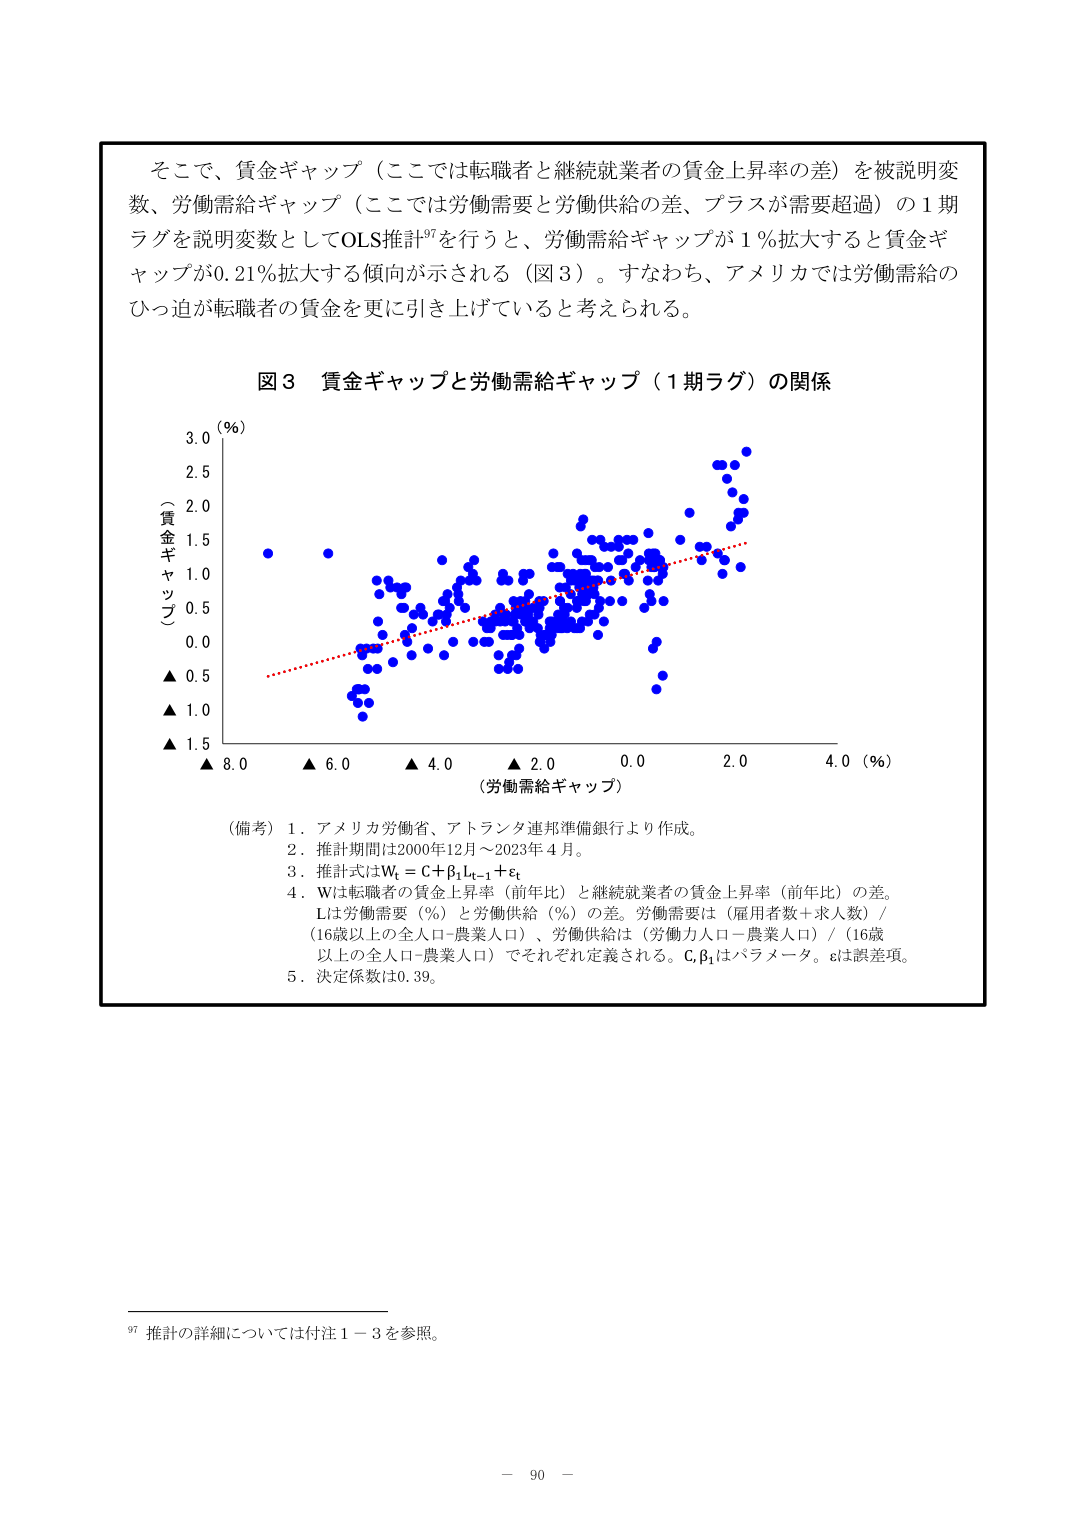
そこで、賃金ギャップ（ここでは転職者と継続就業者の賃金上昇率の差）を被説明変数、労働需給ギャップ（ここでは労働需要と労働供給の差、プラスが需要超過）の１期ラグを説明変数としてOLS推計⁹⁷を行うと、労働需給ギャップが１％拡大すると賃金ギャップが0.21％拡大する傾向が示される（図３）。すなわち、アメリカでは労働需給のひっ迫が転職者の賃金を更に引き上げていると考えられる。

図３ 賃金ギャップと労働需給ギャップ（１期ラグ）の関係

（％）
3.0
2.5
2.0
1.5
1.0
0.5
0.0
（賃金ギャップ）
▲ 0.5
▲ 1.0
▲ 1.5
▲ 8.0 ▲ 6.0 ▲ 4.0 ▲ 2.0 0.0 2.0 4.0 （％）
（労働需給ギャップ）

（備考）１．アメリカ労働省、アトランタ連邦準備銀行より作成。
２．推計期間は2000年12月～2023年４月。
３．推計式はWₜ＝C＋β₁Lₜ₋₁＋εₜ
４．Wは転職者の賃金上昇率（前年比）と継続就業者の賃金上昇率（前年比）の差。
Lは労働需要（％）と労働供給（％）の差。労働需要は（雇用者数＋求人数）／（16歳以上の全人口－農業人口）、労働供給は（労働力人口－農業人口）／（16歳以上の全人口－農業人口）でそれぞれ定義される。C,β₁はパラメータ。εは誤差項。
５．決定係数は0.39。

⁹⁷ 推計の詳細については付注１－３を参照。
－ 90 －